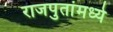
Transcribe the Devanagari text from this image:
राजपुतांमध्ये